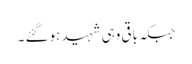
جبکہ باقی وہی شہید ہوگئے ۔